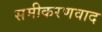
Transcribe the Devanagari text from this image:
समीकरणवाद